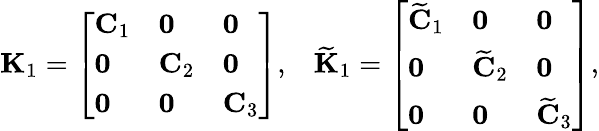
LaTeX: \mathbf{K}_{1}=\left[\begin{array}{lll}{\mathbf{C}_{1}}&{\mathbf{0}}&{\mathbf{0}}\\ {\mathbf{0}}&{\mathbf{C}_{2}}&{\mathbf{0}}\\ {\mathbf{0}}&{\mathbf{0}}&{\mathbf{C}_{3}}\end{array}\right],\; \; \; \widetilde{\mathbf{K}}_{1}=\left[\begin{array}{lll}{\widetilde{\mathbf{C}}_{1}}&{\mathbf{0}}&{\mathbf{0}}\\ {\mathbf{0}}&{\widetilde{\mathbf{C}}_{2}}&{\mathbf{0}}\\ {\mathbf{0}}&{\mathbf{0}}&{\widetilde{\mathbf{C}}_{3}}\end{array}\right],